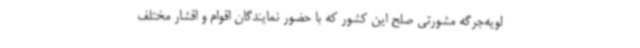
لویه‌جرگه مشورتی صلح این کشور که با حضور نمایندگان اقوام و اقشار مختلف